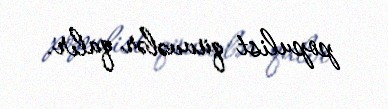
populist qüvvələr qalır.